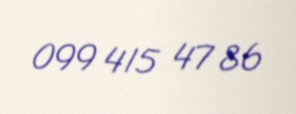
099 415 47 86